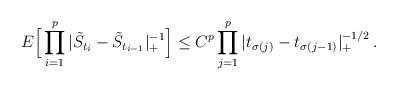
LaTeX: \begin{align*}E\Big[ \prod_{i=1}^p |\tilde{S}_{t_i}-\tilde{S}_{t_{i-1}} |_+^{-1} \Big] \le C^p \prod_{j=1}^p |t_{\sigma(j)}-t_{\sigma(j-1)}|_+^{-1/2} \,.\end{align*}